Annual report of the Imperial Bacteriologist
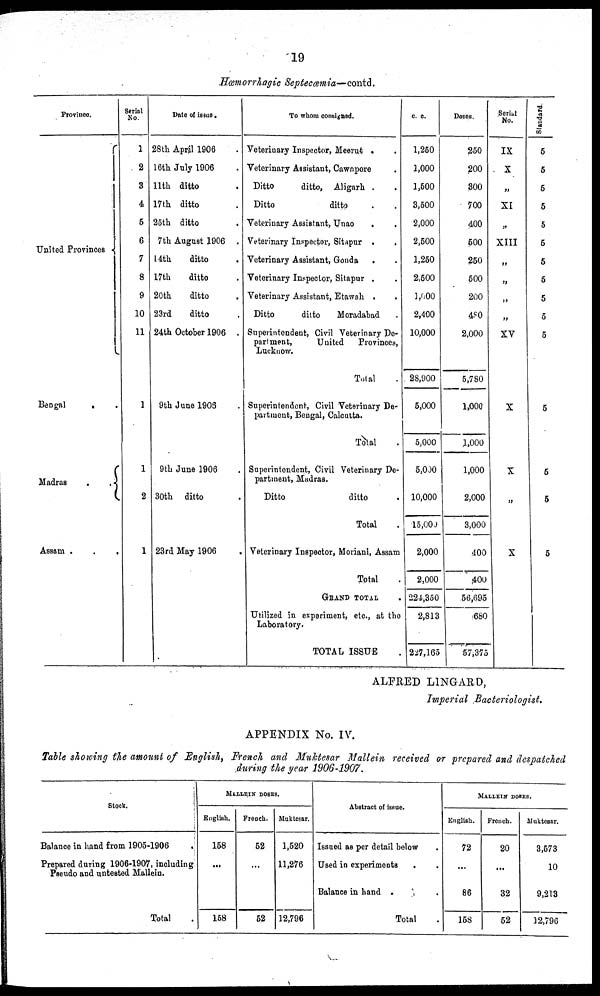
19
Hæmorrhagic Septecæmia—contd.
Province.
United Provinces {
Bengal
. .
Madras
{
Assam .
.
.
Serial
No.
1
2
3
4
5
6
7
8
9
10
11
1
1
2
1
Date of issue.
28th April 1906 .
16th July 1906 .
11th ditto .
17th ditto .
25th ditto .
7th August 1906 .
14th
ditto .
17th
ditto .
20th
ditto .
23rd
ditto .
24th October 1906 .
9th June 1906
9th June 1906
30th ditto
23rd May 1906
To whom consigned.
Veterinary Inspector, Meerut .
.
Veterinary Assistant, Cawnpore
Ditto
ditto, Aligarh . .
Ditto
ditto . .
Veterinary Assistant, Unao
. .
Veterinary Inspector, Sitapur .
.
Veterinary Assistant, Gonda . .
Veterinary Inspector, Sitapur . .
Veterinary Assistant, Etawah . .
Ditto
ditto
Moradabad .
Superintendent, Civil Veterinary De-
partment,
United Provinces,
Lucknow.
Total .
Superintendent, Civil Veterinary De-
partment, Bengal, Calcutta.
Total .
Superintendent, Civil Veterinary De-
partment, Madras.
Ditto
ditto .
Total .
Veterinary Inspector, Moriani, Assam
Total .
GRAND TOTAL .
Utilized in experiment, etc., at the
Laboratory.
TOTAL ISSUE .
c. c.
1,250
1,000
1,500
3,500
2,000
2,500
1,250
2,500
1,000
2,400
10,000
28,900
5,000
5,000
5,000
10,000
15,000
2,000
2,000
224,350
2,813
227,165
Doses.
250
200
300
700
400
500
250
500
200
480
2,000
5,780
1,000
1,000
1,000
2,000
3,000
400
400
56,695
680
57,375
Serial
No.
IX
X
„
XI
„
XIII
„
„
„
„
XV
X
X
„
X
Standard.
5
5
5
5
5
5
5
5
5
5
5
5
5
5
5
ALFRED LINGARD,
Imperial Bacteriologist.
APPENDIX No. IV.
Table showing the amount of English, French and Muktesar Mallein received or prepared and despatched
during the year 1906-1907.
Stock.
Balance in hand from 1905-1906
Prepared during 1906-1907, including
Pseudo and untested Mallein.
Total
MALLEIN DOSES.
English.
158
....
158
French.
52
...
52
Muktesar.
1,520
11,276
12,796
Abstract of issue.
Issued as per detail below
Used in experiments
.
Balance in hand .
Total
MALLEIN DOSES.
English.
72
...
86
158
French.
20
...
32
52
Muktesar.
3,573
10
9,213
12,796